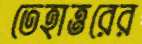
তেহাত্তরের